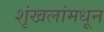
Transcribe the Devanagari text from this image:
शृंखलांमधून